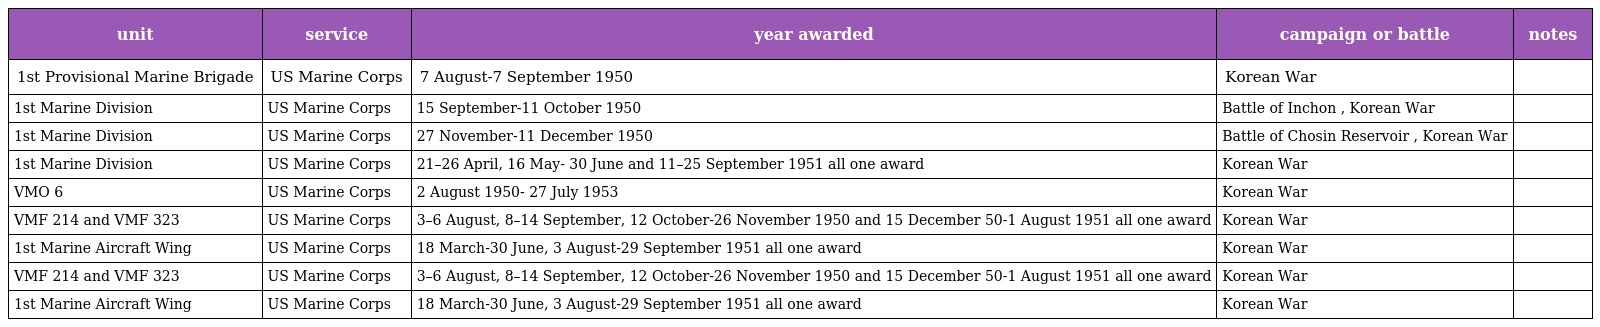
| unit | service | year awarded | campaign or battle | notes |
 | --- | --- | --- | --- | --- |
 | 1st Provisional Marine Brigade | US Marine Corps | 7 August-7 September 1950 | Korean War |  |
 | 1st Marine Division | US Marine Corps | 15 September-11 October 1950 | Battle of Inchon , Korean War |  |
 | 1st Marine Division | US Marine Corps | 27 November-11 December 1950 | Battle of Chosin Reservoir , Korean War |  |
 | 1st Marine Division | US Marine Corps | 21–26 April, 16 May- 30 June and 11–25 September 1951 all one award | Korean War |  |
 | VMO 6 | US Marine Corps | 2 August 1950- 27 July 1953 | Korean War |  |
 | VMF 214 and VMF 323 | US Marine Corps | 3–6 August, 8–14 September, 12 October-26 November 1950 and 15 December 50-1 August 1951 all one award | Korean War |  |
 | 1st Marine Aircraft Wing | US Marine Corps | 18 March-30 June, 3 August-29 September 1951 all one award | Korean War |  |
 | VMF 214 and VMF 323 | US Marine Corps | 3–6 August, 8–14 September, 12 October-26 November 1950 and 15 December 50-1 August 1951 all one award | Korean War |  |
 | 1st Marine Aircraft Wing | US Marine Corps | 18 March-30 June, 3 August-29 September 1951 all one award | Korean War |  |